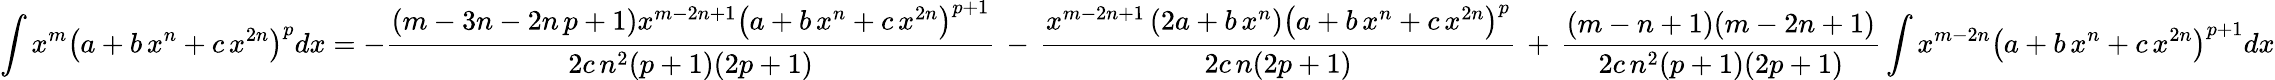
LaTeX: \int x^{m}\left(a+b\, x^{n}+c\, x^{2n}\right)^{p}dx=-{\frac{(m-3n-2n\, p+1)x^{m-2n+1}\left(a+b\, x^{n}+c\, x^{2n}\right)^{p+1}}{2c\, n^{2}(p+1)(2p+1)}}\, -\, {\frac{x^{m-2n+1}\left(2a+b\, x^{n}\right)\left(a+b\, x^{n}+c\, x^{2n}\right)^{p}}{2c\, n(2p+1)}}\, +\, {\frac{(m-n+1)(m-2n+1)}{2c\, n^{2}(p+1)(2p+1)}}\int x^{m-2n}\left(a+b\, x^{n}+c\, x^{2n}\right)^{p+1}dx